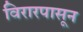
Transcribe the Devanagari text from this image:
विरारपासून